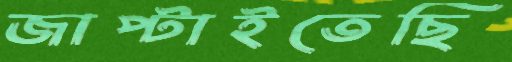
জাপ্‌টাইতেছি